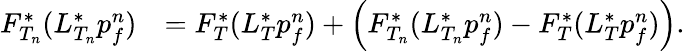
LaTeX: \begin{array}{rl}{F_{T_{n}}^{\ast}(L_{T_{n}}^{\ast}p_{f}^{n})}&{=F_{T}^{\ast}(L_{T}^{\ast}p_{f}^{n})+\left(F_{T_{n}}^{\ast}(L_{T_{n}}^{\ast}p_{f}^{n})-F_{T}^{\ast}(L_{T}^{\ast}p_{f}^{n})\right).}\end{array}